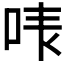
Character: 𠳜